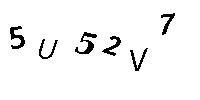
5U52V7